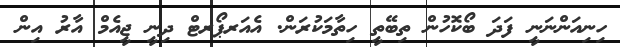
ހިނިއަންނަނީ ފަދަ ބޯކޮހުން ތިބޭތީ ހިތާމަކުރަން. އެއަރޕޯރޓް ދިނީ ޖީއެމް އާރު އިން